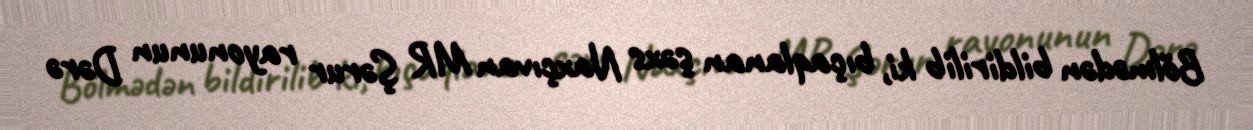
Bölmədən bildirilib ki, bıçaqlanan şəxs Naxçıvan MR Şərur rayonunun Dərə